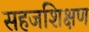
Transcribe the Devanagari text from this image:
सहजशिक्षण